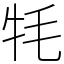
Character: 牦